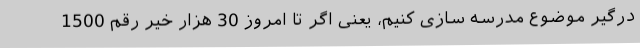
درگیر موضوع مدرسه سازی کنیم، یعنی اگر تا امروز 30 هزار خیر رقم 1500